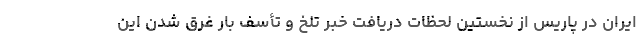
ایران در پاریس از نخستین لحظات دریافت خبر تلخ و تأسف بار غرق شدن این